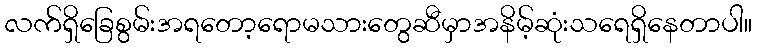
လက်ရှိခြေစွမ်းအရတော့ရောမသားတွေဆီမှာအနိမ့်ဆုံးသရေရှိနေတာပါ။